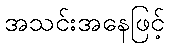
အသင်းအနေဖြင့်